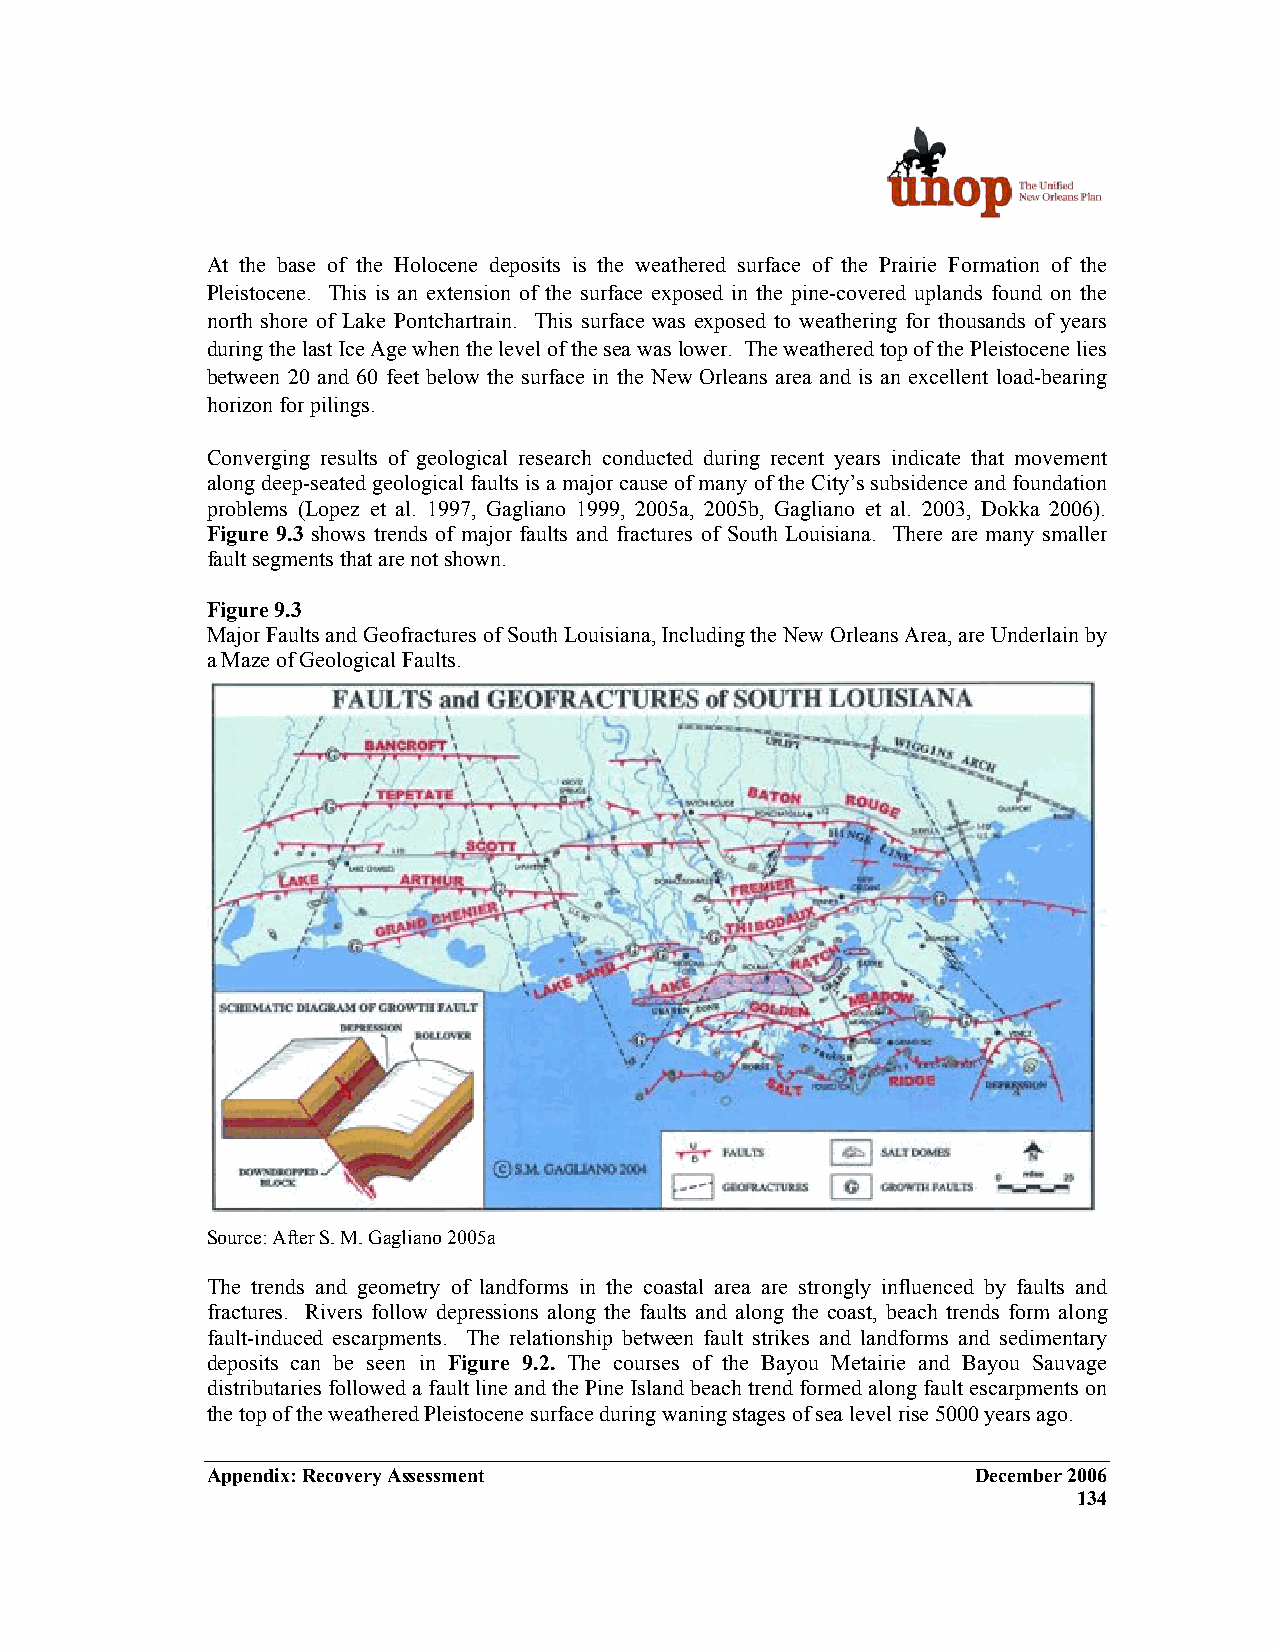
At the base of the Holocene deposits is the weathered surface of the Prairie Formation of the
 Pleistocene. This is an extension of the surface exposed in the pine-covered uplands found on the
 north shore of Lake Pontchartrain. This surface was exposed to weathering for thousands of years
 during the last Ice Age when the level of the sea was lower. The weathered top of the Pleistocene lies
 between 20 and 60 feet below the surface in the New Orleans area and is an excellent load-bearing
 horizon for pilings.
 Converging results of geological research conducted during recent years indicate that movement
 along deep-seated geological faults is a major cause of many of the City’s subsidence and foundation
 problems (Lopez et al. 1997, Gagliano 1999, 2005a, 2005b, Gagliano et al. 2003, Dokka 2006).
 Figure 9.3 shows trends of major faults and fractures of South Louisiana. There are many smaller
 fault segments that are not shown.
 Figure 9.3
 Major Faults and Geofractures of South Louisiana, Including the New Orleans Area, are Underlain by
 a Maze of Geological Faults.
 Source: After S. M. Gagliano 2005a
 The trends and geometry of landforms in the coastal area are strongly influenced by faults and
 fractures. Rivers follow depressions along the faults and along the coast, beach trends form along
 fault-induced escarpments. The relationship between fault strikes and landforms and sedimentary
 deposits can be seen in Figure 9.2. The courses of the Bayou Metairie and Bayou Sauvage
 distributaries followed a fault line and the Pine Island beach trend formed along fault escarpments on
 the top of the weathered Pleistocene surface during waning stages of sea level rise 5000 years ago.
 Appendix: Recovery Assessment                      December 2006
 134